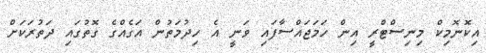
އިކޮނޮމިކް މިނިސްޓްރީ އިން ހަމަޖައްސާފައި ވަނީ އެ ހިދުމަތުން އަގެއްގެ ގޮތުގައި ދަތުރަކަށް